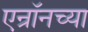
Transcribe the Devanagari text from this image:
एन्रॉनच्या